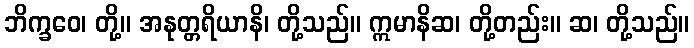
ဘိက္ခဝေ၊ တို့။ အနုတ္တရိယာနိ၊ တို့သည်။ ဣမာနိဆ၊ တို့တည်း။ ဆ၊ တို့သည်။